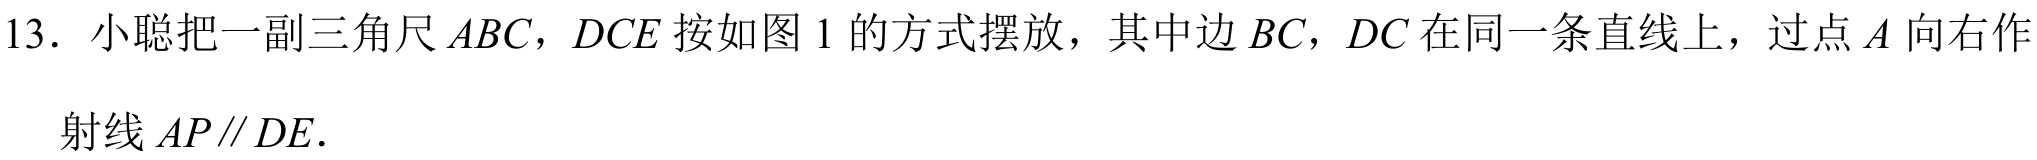
13. 小聪把一副三角尺 \(ABC\)，\(DCE\) 按如图 1 的方式摆放，其中边 \(BC\)，\(DC\) 在同一条直线上，过点 \(A\) 向右作
射线 \(AP\parallel DE\).